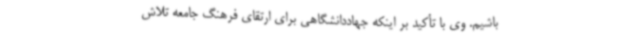
باشیم. وی با تأکید بر اینکه جهاددانشگاهی برای ارتقای فرهنگ جامعه تلاش